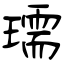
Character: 瓀